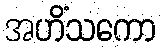
အဟိံသကော